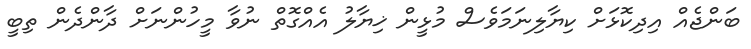
ބަންޖެއް އިދިކޮޅަށް ކިޔާލިނަމަވެސް މުޅީން ޚިޔާލު އެއްގޮތް ނުވާ މީހުންނަށް ދާންދެން ތިބީ